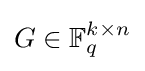
G\in \mathbb {F} _{q}^{k\times n}